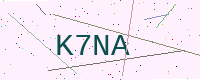
Text: K7NA